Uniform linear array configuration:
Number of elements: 16
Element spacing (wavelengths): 0.75
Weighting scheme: hamming
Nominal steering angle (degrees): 30
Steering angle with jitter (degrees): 29.145
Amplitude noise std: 0.05
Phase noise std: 0.05

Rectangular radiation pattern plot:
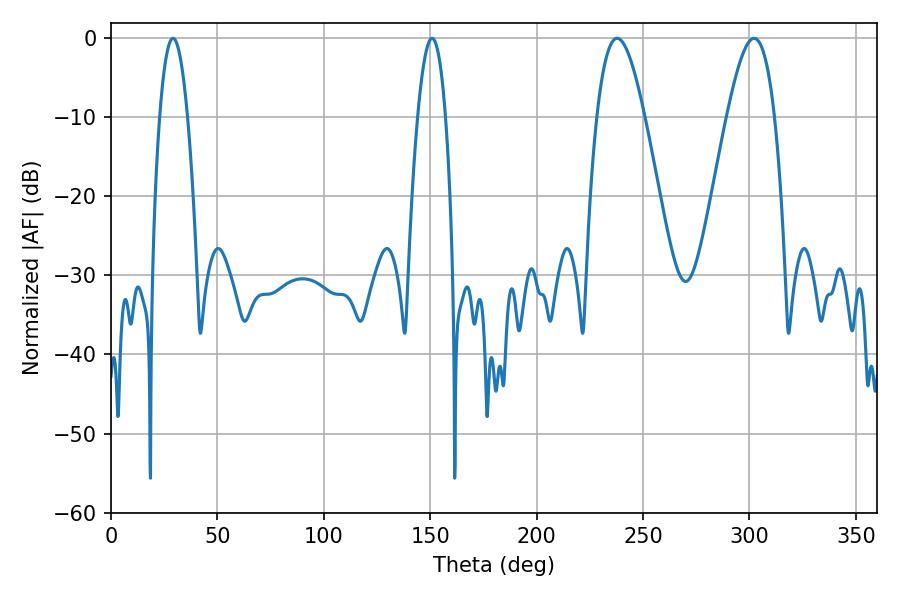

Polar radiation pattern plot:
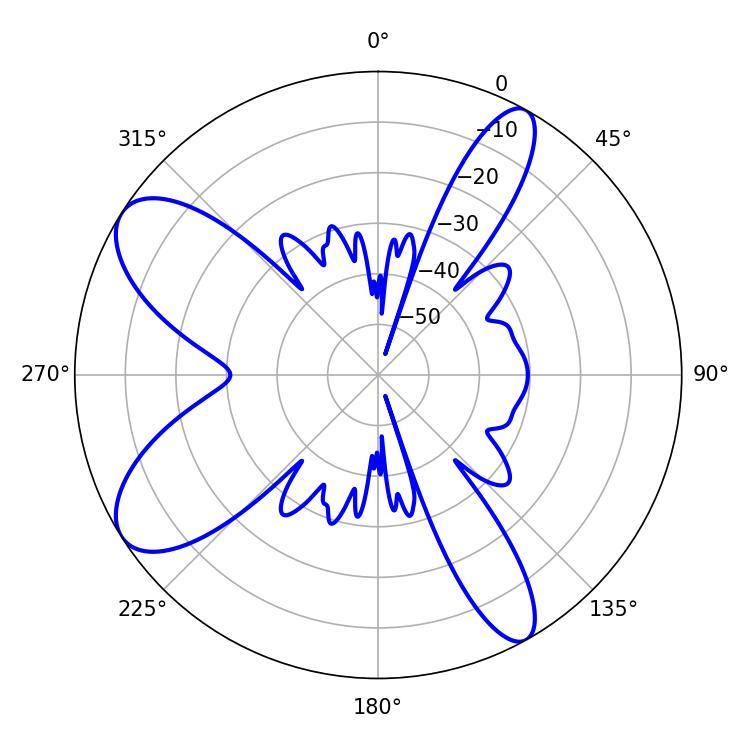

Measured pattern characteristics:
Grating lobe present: TRUE
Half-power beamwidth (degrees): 7.2
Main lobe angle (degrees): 29.16